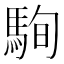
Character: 駨